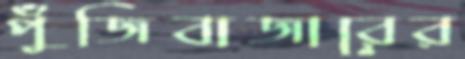
পুঁজিবাজারের